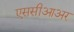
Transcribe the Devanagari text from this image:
एससीआअर